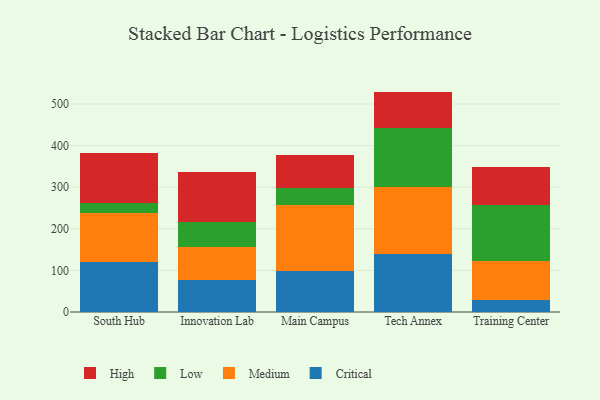
{"axis": {"x": "Campus", "y": "Latency (ms)"}, "legend": ["Critical", "High", "Low", "Medium"], "data": [{"x": "South Hub", "y": 120.8, "type": "Critical"}, {"x": "South Hub", "y": 118.0, "type": "Medium"}, {"x": "South Hub", "y": 23.1, "type": "Low"}, {"x": "South Hub", "y": 120.6, "type": "High"}, {"x": "Innovation Lab", "y": 76.1, "type": "Critical"}, {"x": "Innovation Lab", "y": 79.9, "type": "Medium"}, {"x": "Innovation Lab", "y": 60.7, "type": "Low"}, {"x": "Innovation Lab", "y": 119.2, "type": "High"}, {"x": "Main Campus", "y": 97.4, "type": "Critical"}, {"x": "Main Campus", "y": 159.0, "type": "Medium"}, {"x": "Main Campus", "y": 40.5, "type": "Low"}, {"x": "Main Campus", "y": 81.2, "type": "High"}, {"x": "Tech Annex", "y": 139.1, "type": "Critical"}, {"x": "Tech Annex", "y": 162.4, "type": "Medium"}, {"x": "Tech Annex", "y": 141.0, "type": "Low"}, {"x": "Tech Annex", "y": 87.3, "type": "High"}, {"x": "Training Center", "y": 28.3, "type": "Critical"}, {"x": "Training Center", "y": 95.0, "type": "Medium"}, {"x": "Training Center", "y": 134.5, "type": "Low"}, {"x": "Training Center", "y": 89.7, "type": "High"}]}